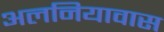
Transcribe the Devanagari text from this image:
अलनियावास